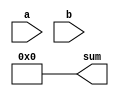
module structural_adder (
    input [7:0] a,
    input [7:0] b,
    output [8:0] sum
);
    // Remove this line once you have implemented the structural adder
    assign sum = 9'd0;

endmodule